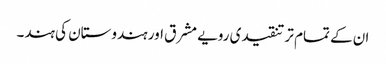
ان کے تمام تر تنقیدی رویے مشرق اور ہندوستان کی ہند۔